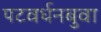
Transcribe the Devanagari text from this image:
पटवर्धनबुवा